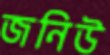
জনিউ